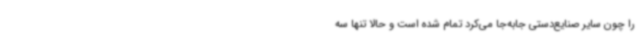
را چون سایر صنایع‌دستی جابه‌جا می‌کرد تمام شده است و حالا تنها سه